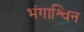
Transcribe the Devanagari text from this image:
भंगाश्विन